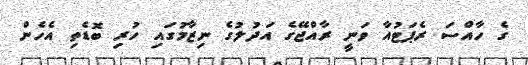
ގެ ހާއްސަ ރެޕަޓުއާ ވަނީ ރާއްޖޭގެ އަދުލުގެ ނިޒާމުގައި ހުރި ބޮޑެތި އެހެން